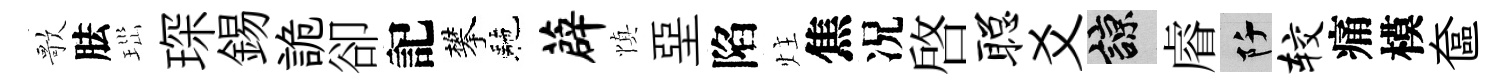
歌胠𤤼琛錫詭卻記攀駰薜慎堊陷炷焦况啟聪爻諒𥈠阡较痛模奩